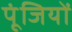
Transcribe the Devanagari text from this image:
पूंजियों